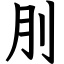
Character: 刖